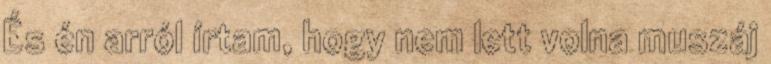
És én arról írtam, hogy nem lett volna muszáj